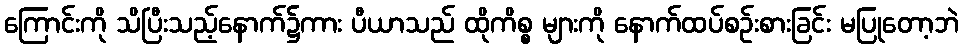
ကြောင်းကို သိပြီးသည့်နောက်၌ကား ပီယာသည် ထိုကိစ္စ များကို နောက်ထပ်စဉ်းစားခြင်း မပြုတော့ဘဲ